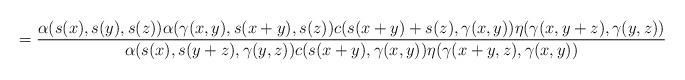
LaTeX: \begin{align*}=\frac{\alpha{\left(s(x),s(y),s(z)\right)}\alpha{\left(\gamma(x,y),s(x+y),s(z)\right)}c{\left(s(x+y)+s(z),\gamma(x,y)\right)}\eta{\left(\gamma(x,y+z),\gamma(y,z)\right)}}{\alpha{\left(s(x),s(y+z),\gamma(y,z)\right)}c{\left(s(x+y),\gamma(x,y)\right)}\eta{\left(\gamma(x+y,z),\gamma(x,y)\right)}}\end{align*}